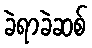
ခဲရာခဲဆစ်